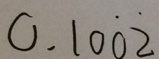
0 . 1 0 \dot { 0 } \dot { 2 }